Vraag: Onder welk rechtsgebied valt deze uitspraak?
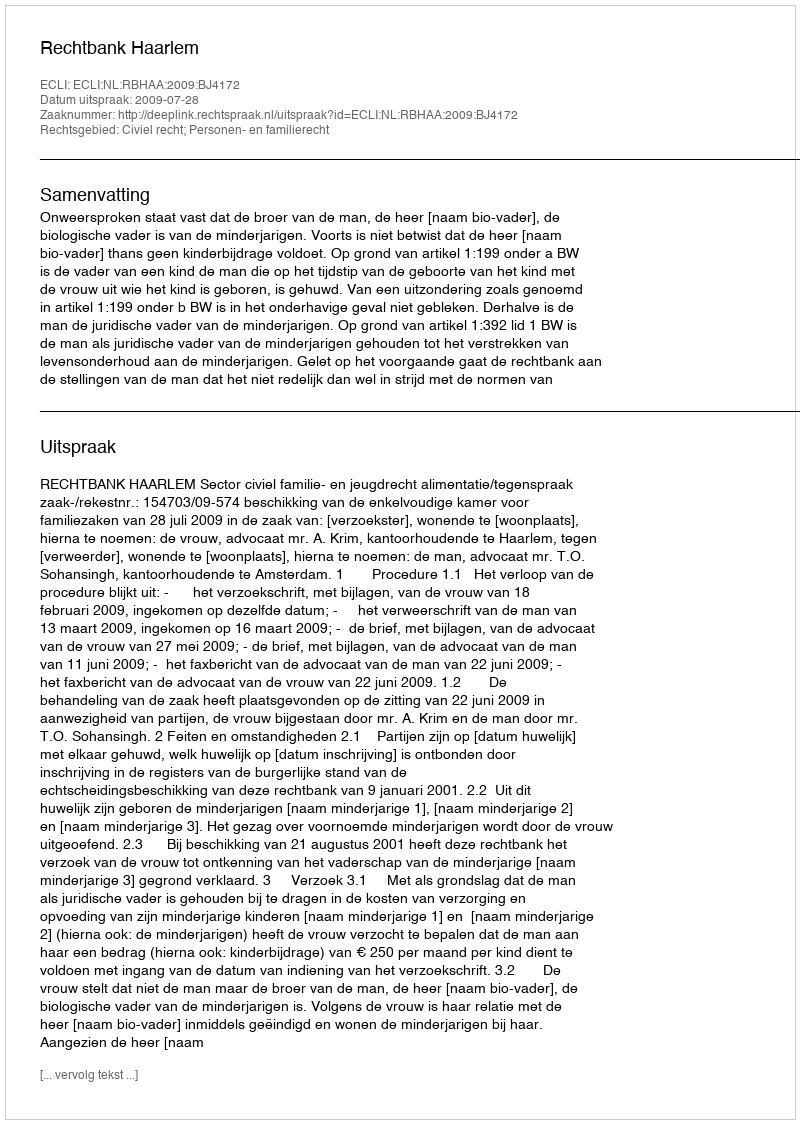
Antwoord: Civiel recht; Personen- en familierecht